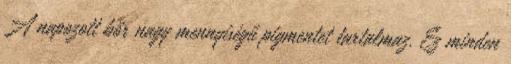
A napozott bőr nagy mennyiségű pigmentet tartalmaz. Ez minden